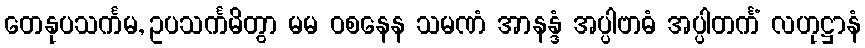
တေနုပသင်္ကမ, ဥပသင်္ကမိတွာ မမ ဝစနေန သမဏံ အာနန္ဒံ အပ္ပါဗာဓံ အပ္ပါတင်္ကံ လဟုဋ္ဌာနံ